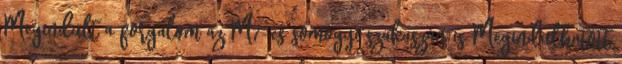
Megindult a forgalom az M7-es somogyi szakaszán is Megindulhatott